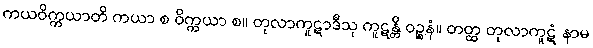
ကယဝိက္ကယာတိ ကယာ စ ဝိက္ကယာ စ။ တုလာကူဋာဒီသု ကူဋန္တိ ဝဉ္စနံ။ တတ္ထ တုလာကူဋံ နာမ